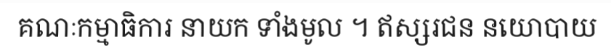
គណៈកម្មាធិការ នាយក ទាំងមូល ។ ឥស្សរជន នយោបាយ